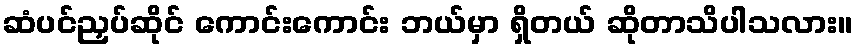
ဆံပင်ညှပ်ဆိုင် ကောင်းကောင်း ဘယ်မှာ ရှိတယ် ဆိုတာသိပါသလား။